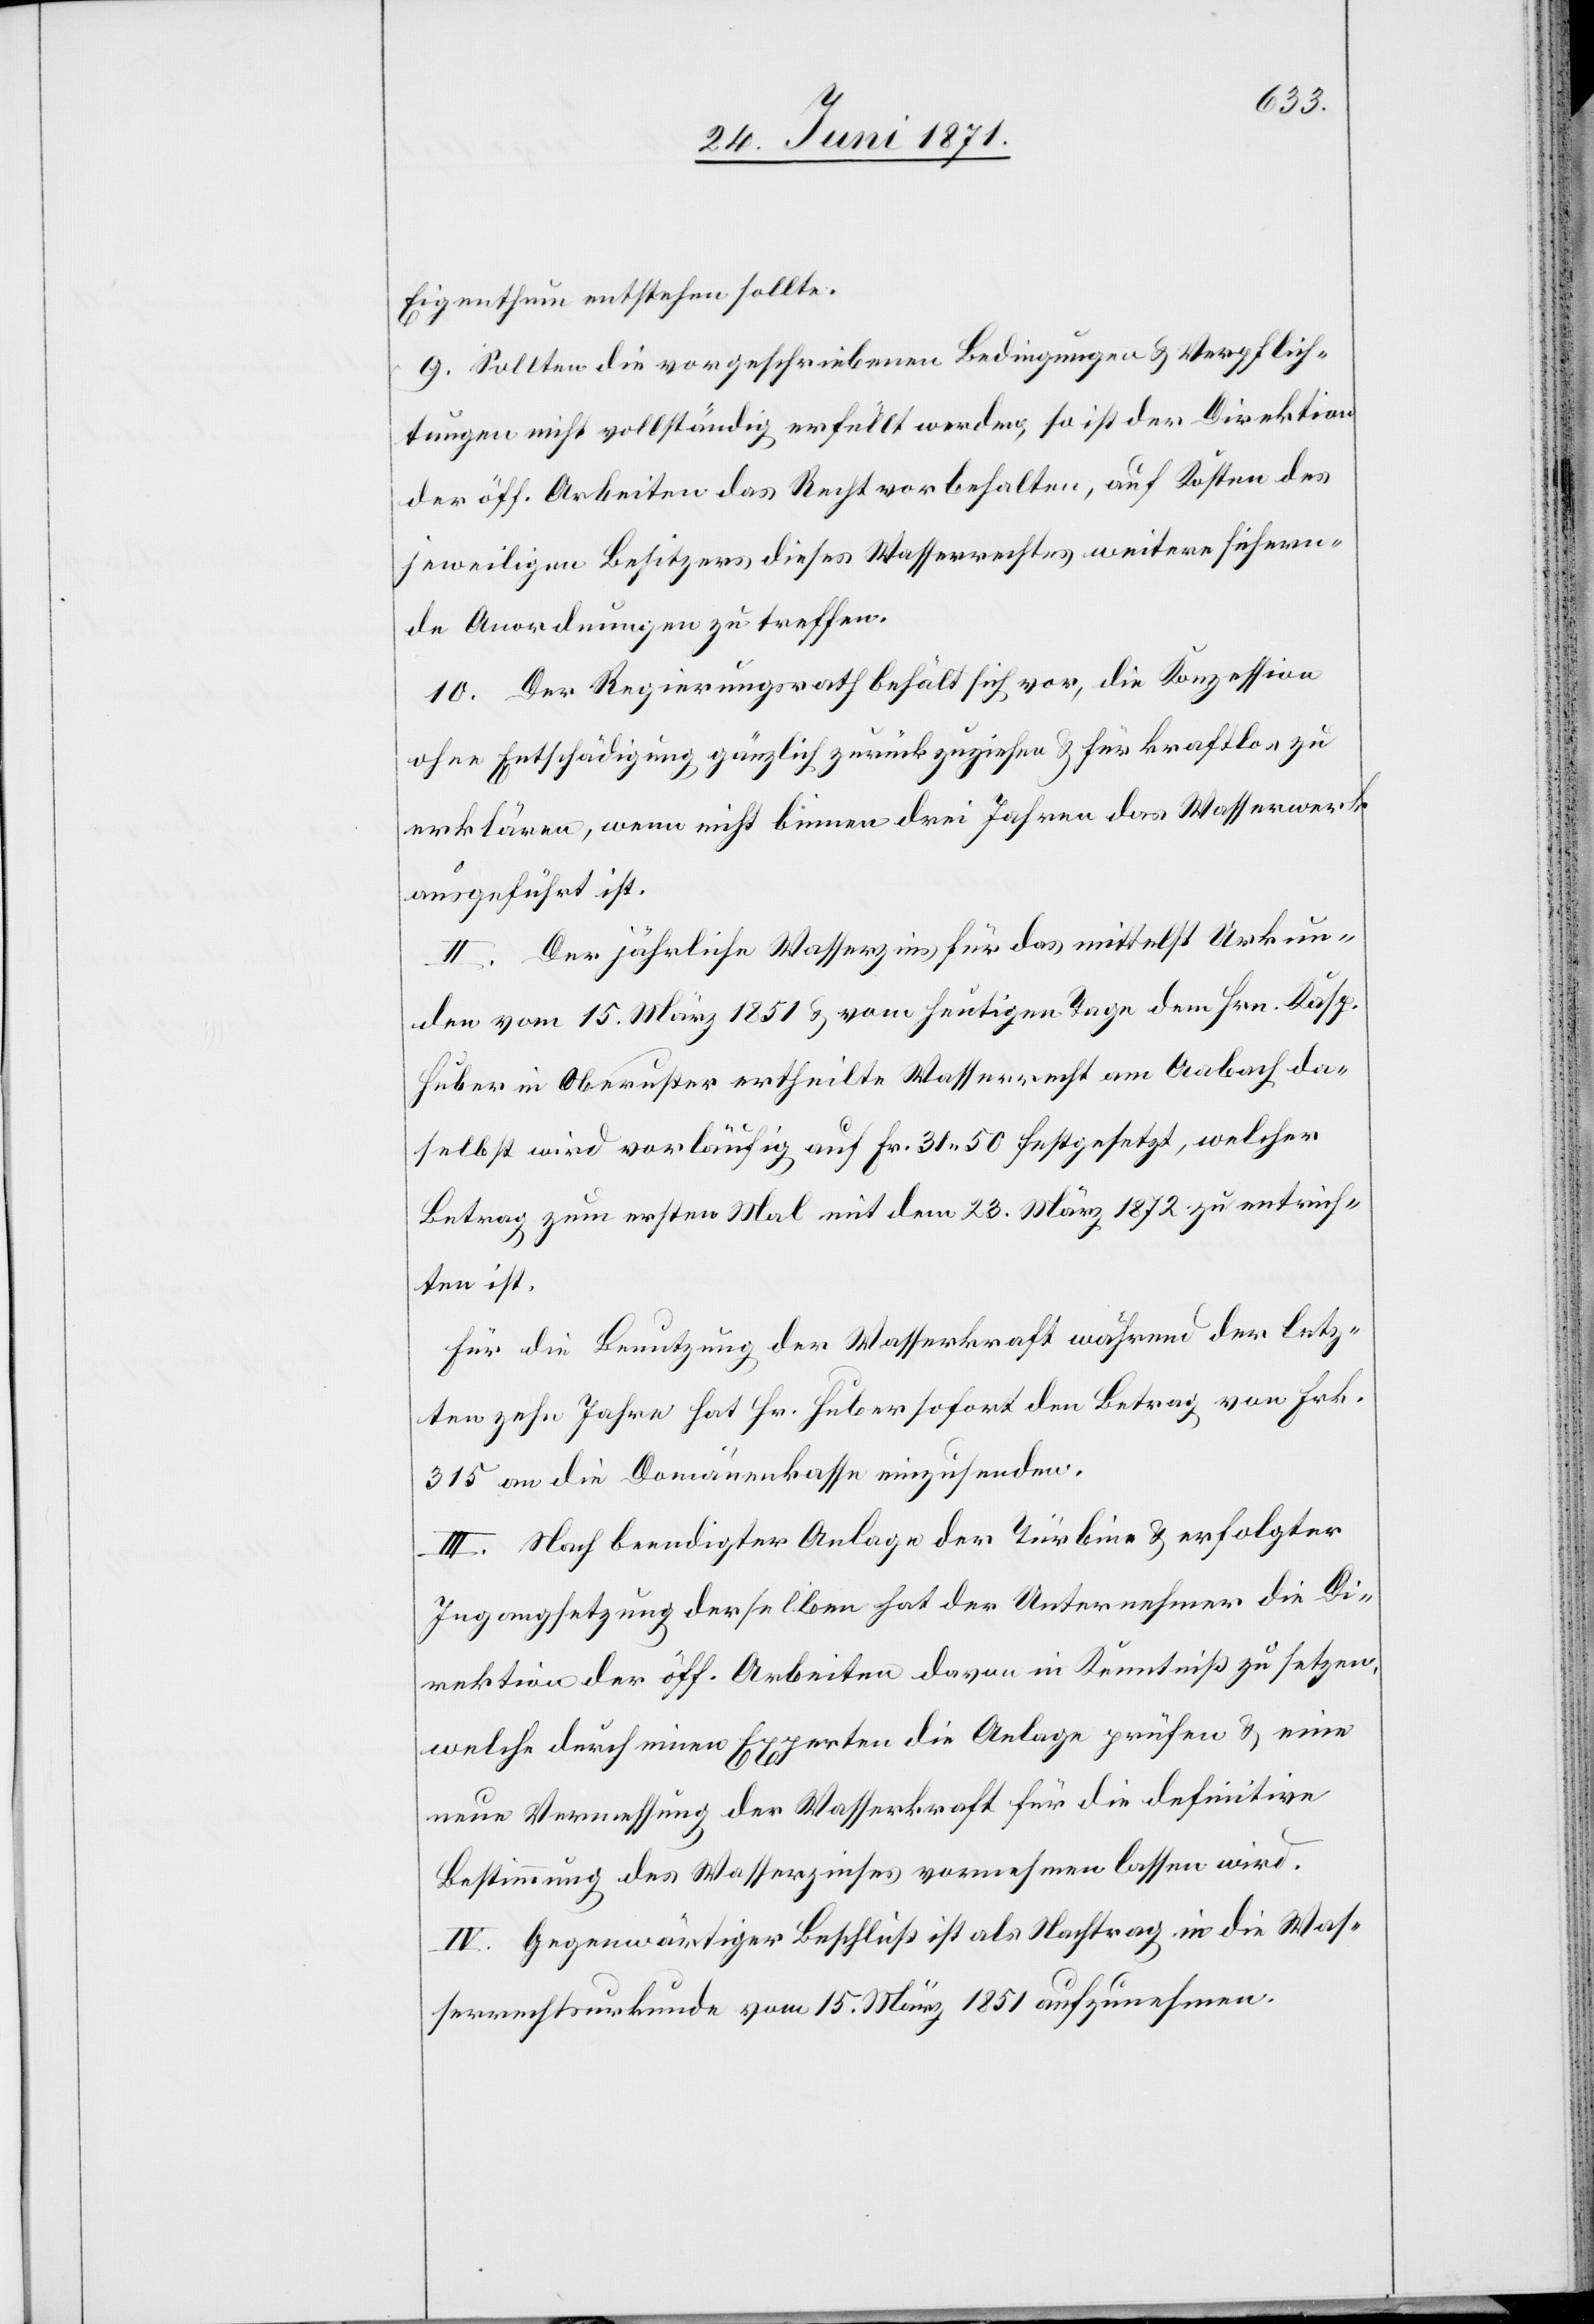
Eigenthum entstehen sollte.
9. Sollten die vorgeschriebenen Bedingungen u. Verpflich¬
tungen nicht vollständig erfüllt werden, so ist der Direktion
der öff. Arbeiten das Recht vorbehalten, auf Kosten des
jeweiligen Besitzers dieses Wasserrechtes weitere sichern¬
de Anordnungen zu treffen.
10. Der Regierungsrath behält sich vor, die Konzession
ohne Entschädigung gänzlich zurückzuziehen u. für kraftlos z
erklären, wenn nicht binnen drei Jahren das Wasserwerk
ausgeführt ist.
II. Der jährliche Wasserzins für das mittelst Urkun¬
den vom 15. März 1851 u. vom heutigen Tage dem Hrn. Kasp.
Huber in Oberuster ertheilte [sic!] Wasserrecht am Aabach da¬
selbst wird vorläufig auf Fr. 31.50 festgesetzt, welcher
Betrag zum ersten Mal mit dem 30. März 1872 zu entrich¬
ten ist.
Für die Benutzung der Wasserkraft während der letz¬
ten zehn Jahre hat Hr. Huber sofort den Betrag von Frk.
315 an die Domänenkasse einzusenden.
III. Nach beendigter Anlage der Turbine u. erfolgter
Ingangsetzung derselben hat der Unternehmer die Di¬
rektion der öff. Arbeiten davon in Kenntniß zu setzen,
welche durch einen Experten die Anlage prüfen u. eine
neue Vermessung der Wasserkraft für die definitive
Bestimmung des Wasserzinses vornehmen lassen wird.
IV. Gegenwärtiger Beschluß ist als Nachtrag in die Was¬
serrechtsurkunde vom 15. März 1851 aufzunehmen.